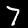
Digit: 7